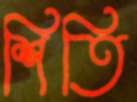
শিতি